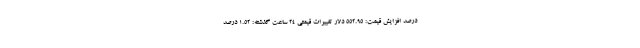
درصد افزایش قیمت: ۵۵۲.۹۵ دلار تغییرات قیمتی ۲۴ ساعت گذشته: ۱.۵۲ درصد